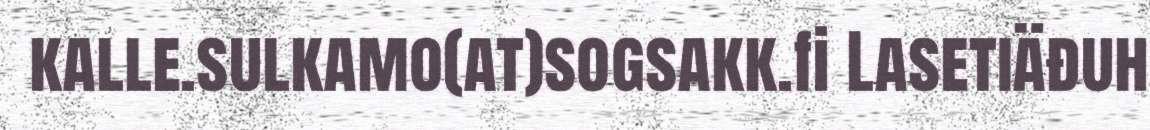
kalle.sulkamo(at)sogsakk.fi Lasetiäđuh